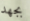
بجهد